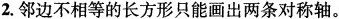
2.邻边不相等的长方形只能画出两条对称轴。